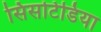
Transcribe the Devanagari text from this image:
सिसटिडिया